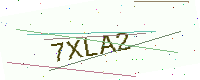
Text: 7XLA2